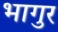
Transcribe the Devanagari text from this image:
भागुर